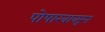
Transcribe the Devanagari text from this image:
पोषाखावरून